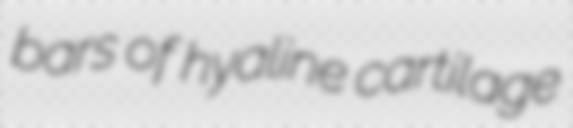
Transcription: bars of hyaline cartilage